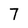
Character: 7